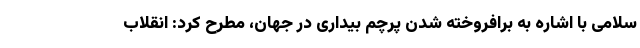
سلامی با اشاره به برافروخته شدن پرچم بیداری در جهان، مطرح کرد: انقلاب